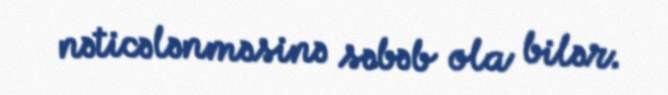
nəticələnməsinə səbəb ola bilər.